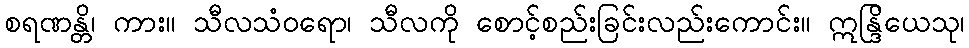
စရဏန္တိ၊ ကား။ သီလသံဝရော၊ သီလကို စောင့်စည်းခြင်းလည်းကောင်း။ ဣန္ဒြိယေသု၊